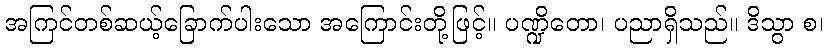
အကြင်တစ်ဆယ့်ခြောက်ပါးသော အကြောင်းတို့ဖြင့်။ ပဏ္ဍိတော၊ ပညာရှိသည်။ ဒိသွာ စ၊